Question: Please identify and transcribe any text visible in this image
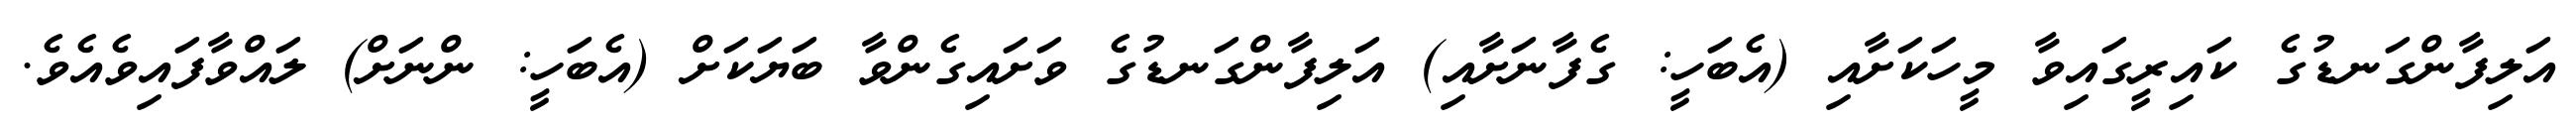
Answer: އަލިފާންގަނޑުގެ ކައިރީގައިވާ މީހަކަށާއި (އެބަހީ: ގެފާނަށާއި) އަލިފާންގަނޑުގެ ވަށައިގެންވާ ބަޔަކަށް (އެބަހީ: ންނަށް) ލައްވާފައިވެއެވެ.